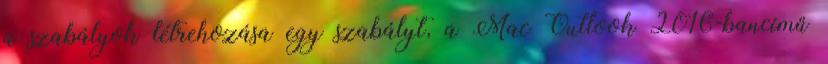
a szabályok létrehozása egy szabályt, a Mac Outlook 2016-bancímű